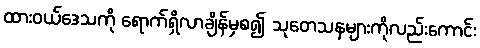
ထားဝယ်ဒေသကို ရောက်ရှိလာချိန်မှစ၍ သုတေသနများကိုလည်းကောင်း